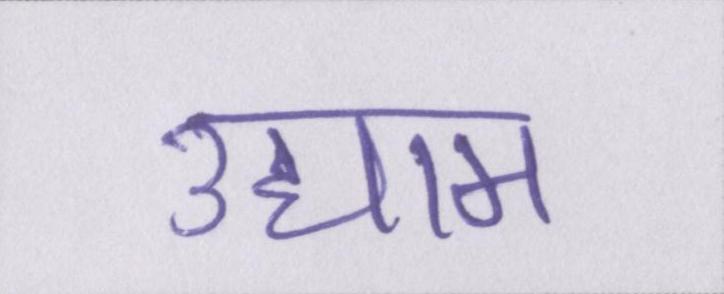
उद्याम